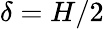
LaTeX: \delta=H/2